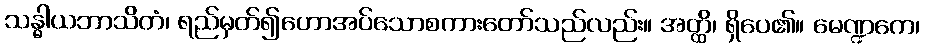
သန္ဓါယဘာသိတံ၊ ရည်မှတ်၍ဟောအပ်သောစကားတော်သည်လည်း။ အတ္ထိ၊ ရှိပေ၏။ မေဏ္ဍကေ၊